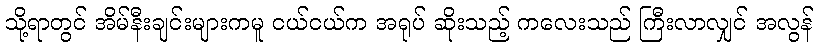
သို့ရာတွင် အိမ်နီးချင်းများကမူ ငယ်ငယ်က အရုပ် ဆိုးသည့် ကလေးသည် ကြီးလာလျှင် အလွန်